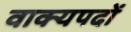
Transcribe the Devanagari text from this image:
वाक्यपदों